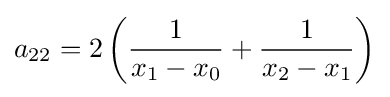
a_{22}=2\left({\frac {1}{x_{1}-x_{0}}}+{\frac {1}{x_{2}-x_{1}}}\right)